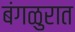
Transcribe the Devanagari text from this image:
बंगळुरात